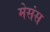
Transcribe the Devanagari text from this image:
मेसंस